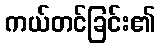
ကယ်တင်ခြင်း၏